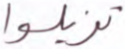
تزيلوا